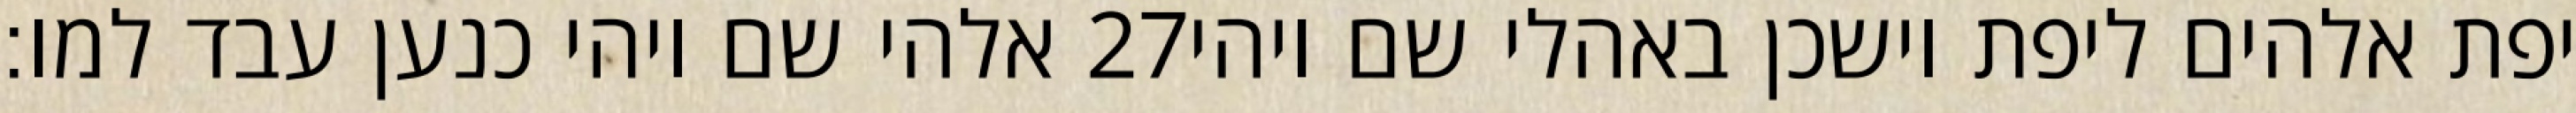
אלהי שם ויהי כנען עבד למו׃ ‎27‏ יפת אלהים ליפת וישכן באהלי שם ויהי